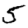
Digit: 5